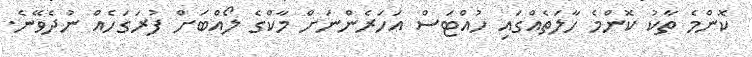
ކޮންމެ ތާކު ކޮންމެ ހާލަތެއްގައި ހުއްޓަސް އަހަރެންނަށް މާކްގެ ލޯއްބަށް ފުރަގަހެއް ނުދެވޭނެ.